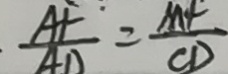
\cdot \frac { A F \cdot } { A D } = \frac { M F } { C D }